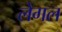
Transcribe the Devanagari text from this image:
लेगल